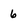
Character: 6